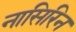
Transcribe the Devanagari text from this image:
नासिरिन